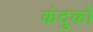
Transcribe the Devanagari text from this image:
कंदुकों